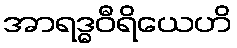
အာရဒ္ဓဝီရိယေဟိ